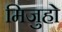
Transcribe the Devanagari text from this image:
मिजुहो